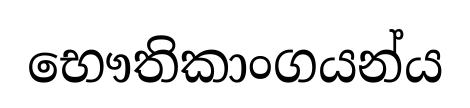
භෞතිකාංගයන්ය